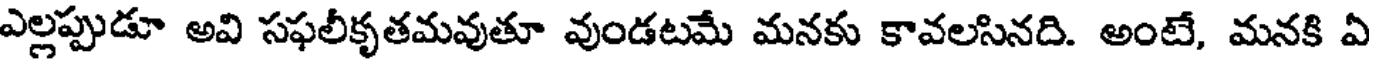
ఎల్లప్పుడూ అవి సఫలీకృతమవుతూ వుండటమే మనకు కావలసినది. అంటే, మనకి ఏ